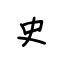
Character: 史